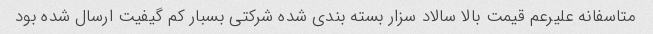
متاسفانه علیرعم قیمت بالا سالاد سزار بسته بندی شده شرکتی بسبار کم گیفیت ارسال شده بود